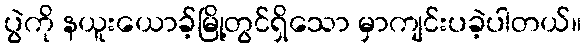
ပွဲကို နယူးယောခ့်မြို့တွင်ရှိသော မှာကျင်းပခဲ့ပါတယ်။